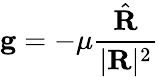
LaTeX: \mathbf{g}=-\mu{\frac{\hat{\mathbf{R}}}{|\mathbf{R}|^{2}}}